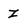
Character: Z